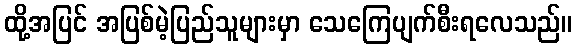
ထို့အပြင် အပြစ်မဲ့ပြည်သူများမှာ သေကြေပျက်စီးရလေသည်။